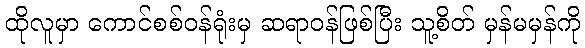
ထိုလူမှာ ကောင်စစ်ဝန်ရုံးမှ ဆရာဝန်ဖြစ်ပြီး သူ့စိတ် မှန်မမှန်ကို